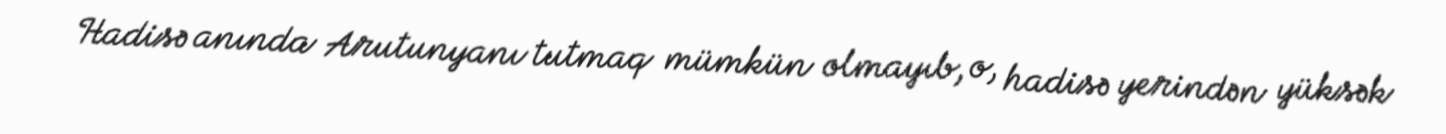
Hadisə anında Arutunyanı tutmaq mümkün olmayıb, o, hadisə yerindən yüksək